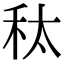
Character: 𮂲